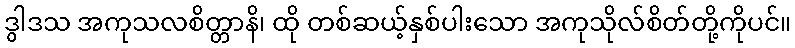
ဒွါဒသ အကုသလစိတ္တာနိ၊ ထို တစ်ဆယ့်နှစ်ပါးသော အကုသိုလ်စိတ်တို့ကိုပင်။